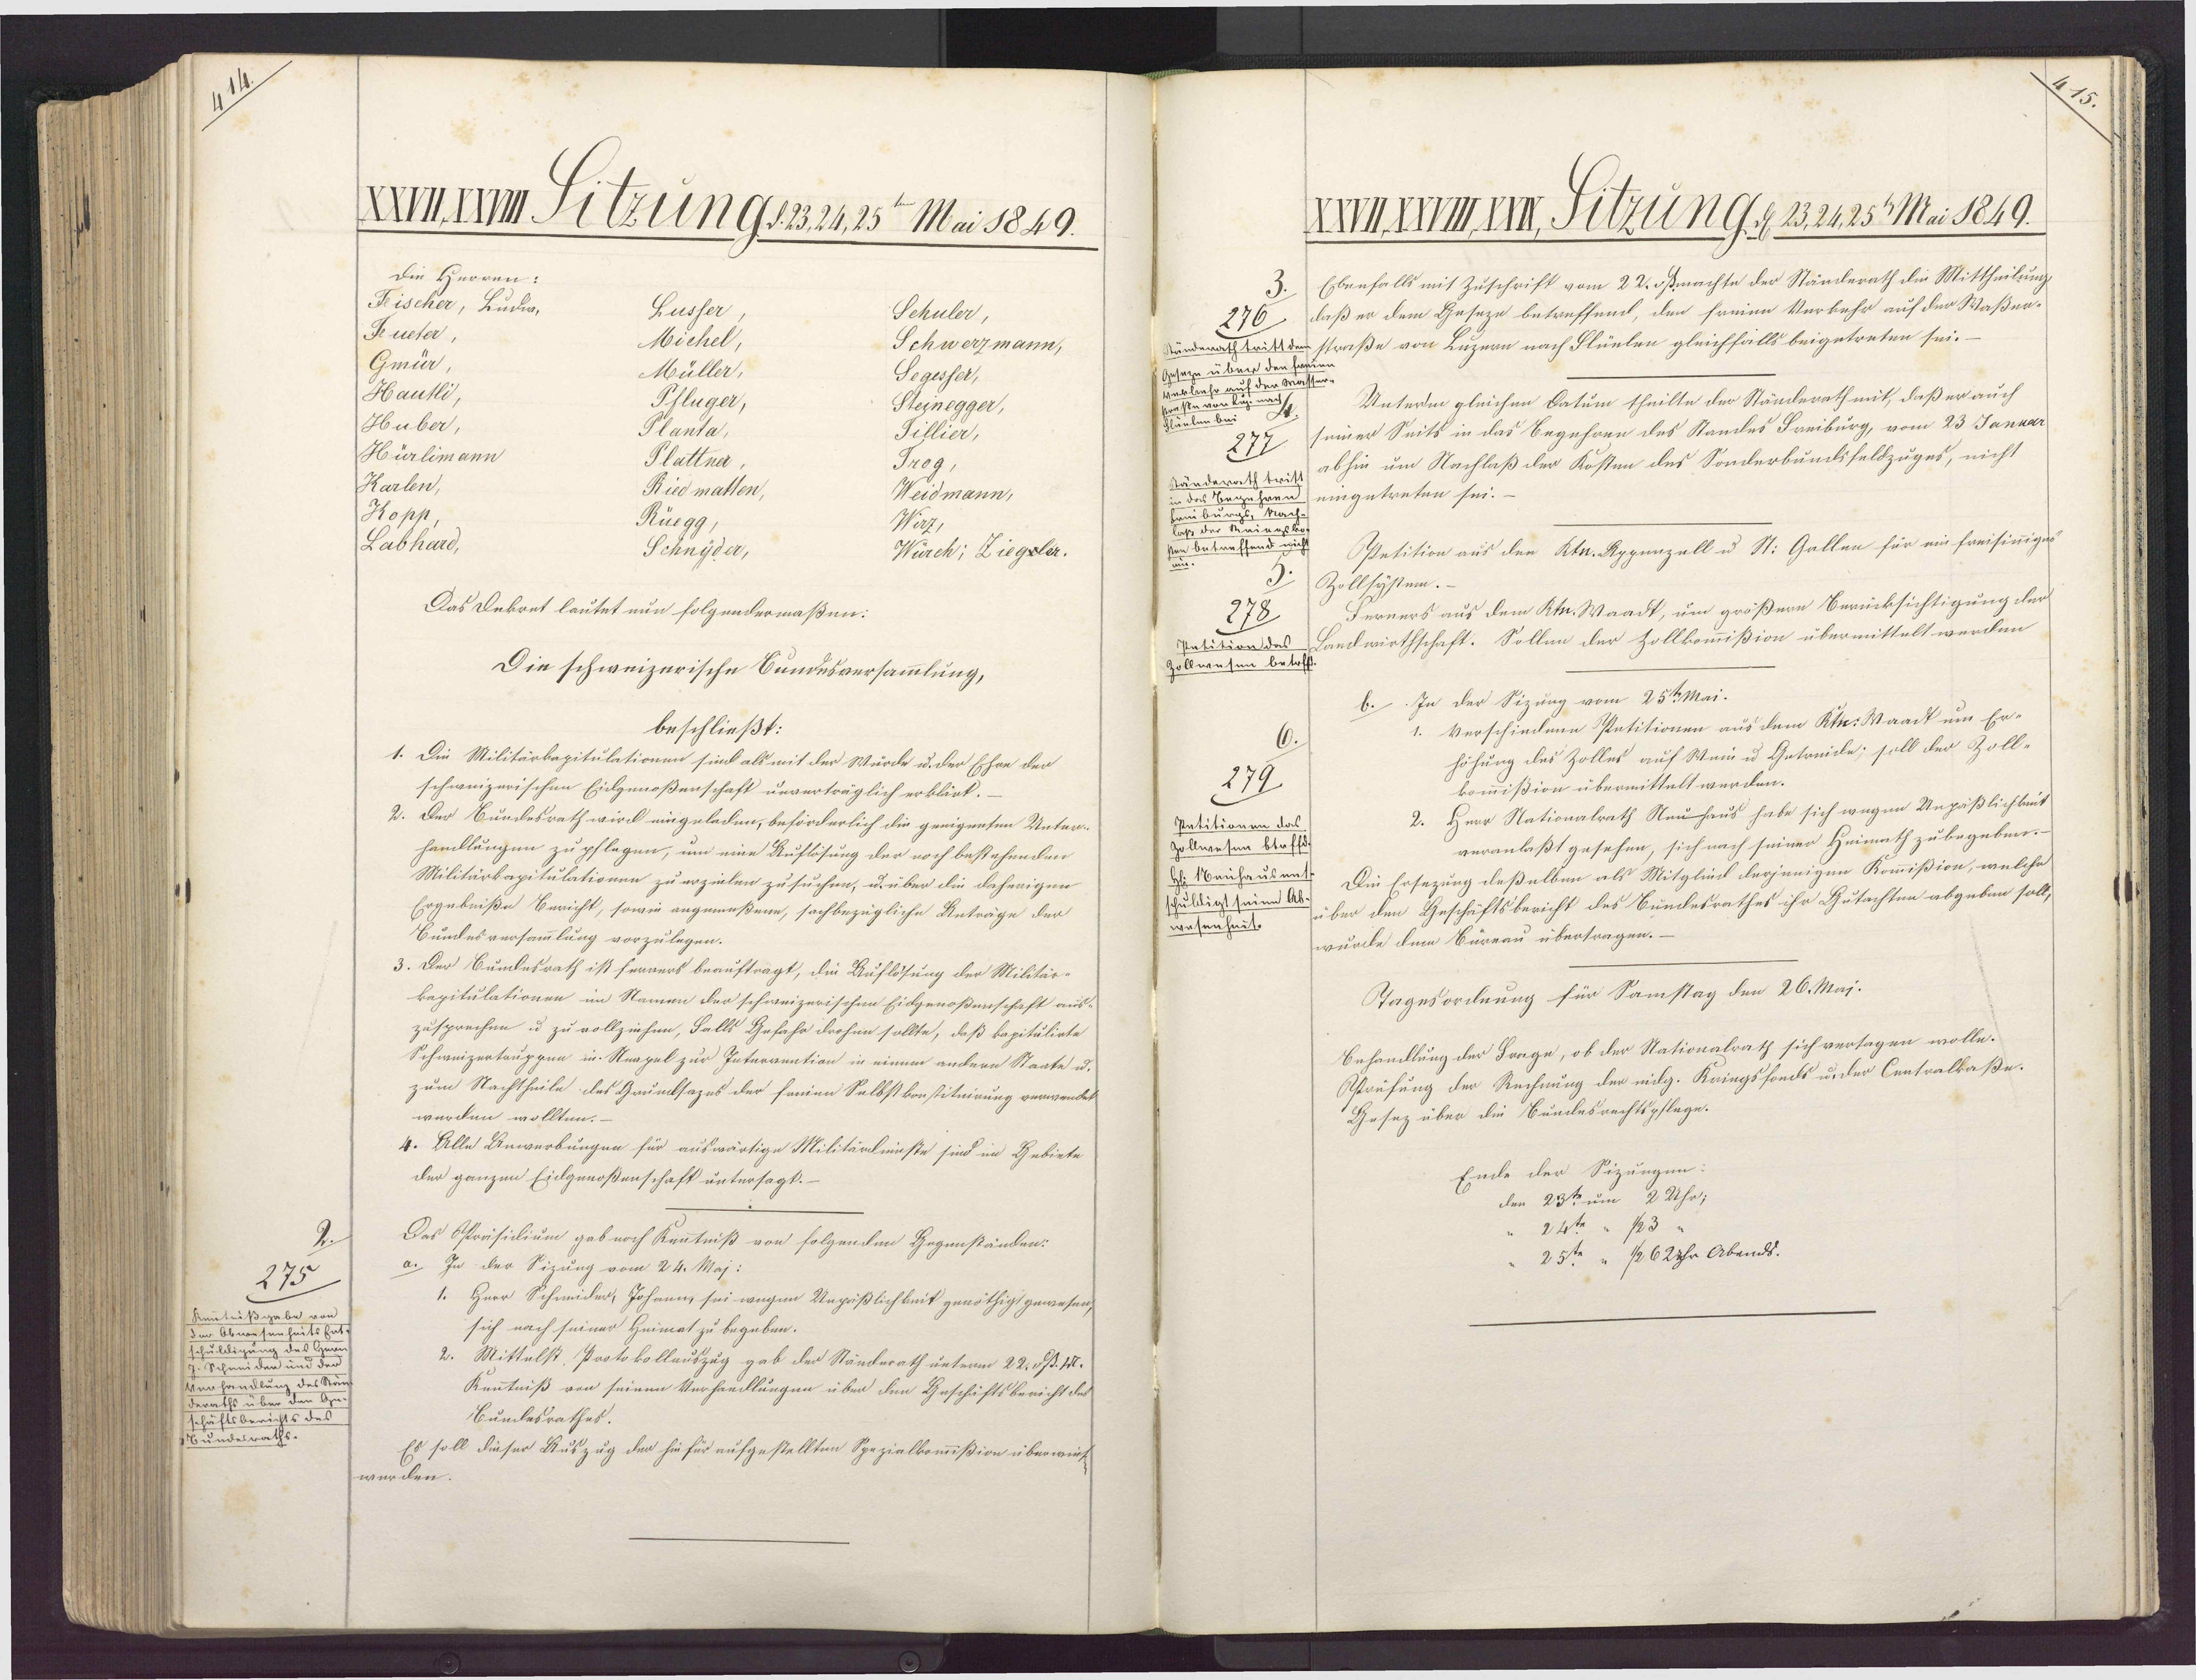
275
Kentnißgabe von
der Obwesenheitshat
schuldigung des Her-
z. Schneiden und der
Verhandlung des Stän¬
deraths über den Ge¬
schäftsberichts des
Bundesraths

XIIIrm Pitzungsv. 21,25 Mai 1849.
Die Herren:
Feischer, Ludw,
Lusser
Schuler,
Jeueter,
Michel,
Schwerzmann,
Gmür,
Müller,
Segisser,
Hautli,
Pfluger,
Steinegger,
Huber,
Planta,
Tillier,
Hürlimann
Plattna
Trog,
Karlen,
Ried matten,
Weidmann,
Kopp,
Rüegg.
Wirz,
Labhard,
Schnyder,
Würch; Ziegsler.
Das Dekret lautet nun folgendermaßen:
Die schweizerische Bundesversammlung,
beschließt:
1. Die Militärkapitulationen sind als mit der Würde u. der Ehre der
schweizerischen Eidgenoßenschaft unverträglich erklärt.
2. Der Bundesrath wird eingeladen, beförderlich die geeigneten Unter¬
handlungen zu pflagen, um eine Auflösung der noch bestehenden
Militärkapitulationen zu erzielen zusuchen, u. über die daherigen
Ergebniße Bericht, sowie angemaßene, sachbezügliche Anträge der
Bundesversammlung vorzulegen.
3. Der Bundesrath ist ferners beauftragt, die Auflösung der Militär-
kapitulationen im Namen der schweizerischen Eidgenoßenschaft aus-
zusprechen u zu vollziehen, Falls Gefahr drohin sollte, daß kapitulirte
Schweizertauppen in Neapel zur Intervention in einem andern Staate u.
zum Nachtheile des Grunksazes der seien Selbstkonstituirung verwendet
werden wollten.
4. Alle Anwerbungen für auswärtige Militärdmaste sind im Gebiete
der ganzen Eidgenoßenschaft untersagt.
Des Opoäsilium gabnoch Kentniß von folgenden Gegenständen:
a. In der Sizung vom 24. Maj:
1. Herr Schneider, Johann, sei wegen Ungäßlichkeit genöthigt gewesen,
sich nach seiner Heimat zu begeben.
2. Mittelst, Protokollauszug gab der Ständerath unterm 22. Sp. II.
Kenntniß von seinen Verhandlungen über den Geschäftsbericht des
Bundesrathes.
Es soll dieser Auszug der hinfür aufgestellten Spezielkommißion überwink
wurden.

HmAWhr, Titzung ,, 23.2425 Mai 1849.
Ebenfalls mit Zuschrift vom 22. sßmachte der Ständerath die Mittheilung
276 daß er dem Geseze betreffend, den frenen Verkehr auf der Waßer-
Stünderath tritt der straße von Luzern nach Blünlen gleichfalls beigetreten sei.
Geseze über den Frau
deuenas
Unterm gleichen Datum theilte der Ständerath mit, daß er auch
seiner Seits in das Begehren des Standes Breiburg, vom 23 Januar
277
sänderathtritt abhin um Nachlaß der Kosten des Sonderbundsfeldzuges, nicht
in des Begehren eingetreten sei.
Sein bu
Laß der M
en Antraffend
Apetition aus den Ktr. Appenzall u St. Gallen für ein freisinigen
Zollsystem.
Ferners aus dem Ktn. Waadt, um größern Berücksichtigung der
278
Patition das Landwirthschaft. Sollen der Zollkommißion übermittelt werden
Zollwesen betoff
b.. In der Sizung vom 25te Mai.
1. Verschiedene Petitionen aus dem Kt. Waadt um Er-
höhung des Zolles auf Wein u Getreide; soll der Zoll-
279
kommißion übermittelt werden.
2. Herr Nationalrath Neu haus habe sich wegen Unpäßlichkeit
Patitionen das
veranlaßt gesehen, sich nach seiner Heimath zubegeben.
Zollwesen btaff
Die Ersezung deßelben als Mitglied derjenigen Kommißion, welche
H: 1aihausent
schältigtheum as über den Geschäftsbericht des Bundesrathes ihr Gutachten abgeben soll,
wesenheit.
wurde dem Büreau übertragen.
Tagesordnung für Samstag den 26. Maj.
Behandlung der Frage, ob der Nationalrath sich versagen wolle.
Asrüfung der Rechnung der nilg. Kriegsfonds u. der Centralkaße.
Gesez über die Bundesrechtspflege.
Ende der Sizungen
den 23te um 2 Uhr;
24te " 123
25te " 126 2hr Abends.